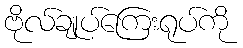
ဗိုလ်ချုပ်ကြေးရုပ်ကို